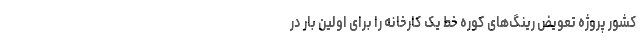
کشور پروژه تعویض رینگ‌های کوره خط یک کارخانه را برای اولین بار در